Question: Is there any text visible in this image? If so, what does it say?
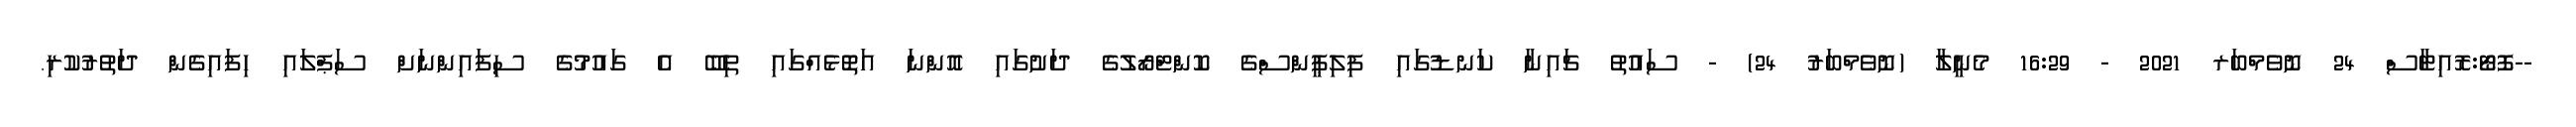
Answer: --ފޮޓޯ:ރޮއިޓާސް 24 ނޮވެމްބަރ 2021 - 16:29 މެނީލާ (ނޮވެމްބަރު 24) - ސައުތު ޗައިނާ ކަނޑުގައި ފިލިޕީންސްގެ ކޮންޓްރޯލުގެ ދަށުގައި އޮންނަ އަތޮޅެއްގައި ތިބޭ އެ ގައުމުގެ ސިފައިންނަށް ސަޕްލައި ހިފައިގެން ދަތުރުކުރި.